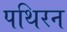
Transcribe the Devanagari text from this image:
पथिरन